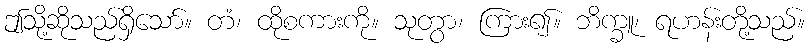
ဤသို့ဆိုသည်ရှိသော်။ တံ၊ ထိုစကားကို။ သုတွာ၊ ကြား၍။ ဘိက္ခူ၊ ရဟန်းတို့သည်။